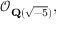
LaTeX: { \mathcal { O } } _ { \mathbf { Q } ( { \sqrt { - 5 } } ) } ,